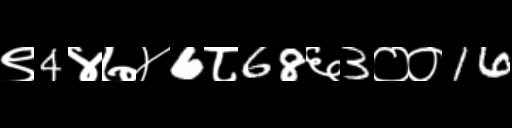
Text: ९4४७४6८68६3००16